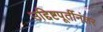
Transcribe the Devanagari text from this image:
उद्दिष्टपूर्तीनंतर